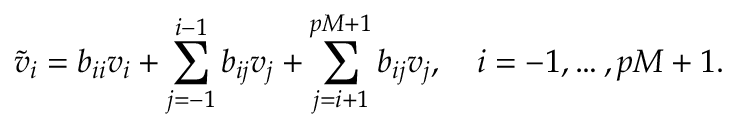
\widetilde v _ { i } = b _ { i i } v _ { i } + \sum _ { j = - 1 } ^ { i - 1 } b _ { i j } v _ { j } + \sum _ { j = i + 1 } ^ { p M + 1 } b _ { i j } v _ { j } , \quad i = - 1 , \dots , p M + 1 .